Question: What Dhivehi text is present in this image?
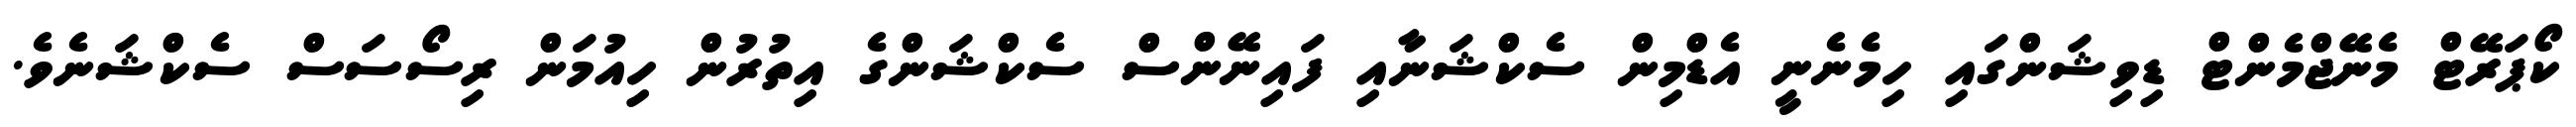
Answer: ކޯޕަރޭޓް މެނޭޖްމެންޓް ޑިވިޝަންގައި ހިމެނެނީ އެޑްމިން ސެކްޝަނާއި ފައިނޭންސް ސެކްޝަންގެ އިތުރުން ހިއުމަން ރިސޯސަސް ސެކްޝަނެވެ.